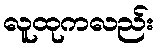
လူထုကလည်း